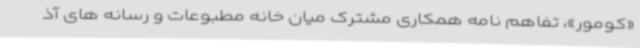
«کومور»، تفاهم نامه همکاری مشترک میان خانه مطبوعات و رسانه های آذ